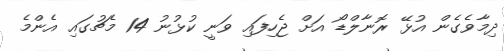
ދިމާވެގެން އުޅޭ ރޮނާލްޑޯ އަށް ޖެހިފައި ވަނީ ކުޅުނު 14 މެޗުގައި އެންމެ